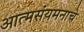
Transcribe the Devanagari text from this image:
आत्मसंयमनाचे